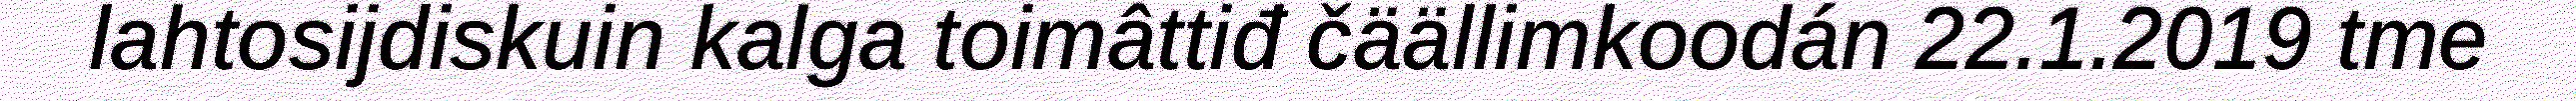
lahtosijdiskuin kalga toimâttiđ čäällimkoodán 22.1.2019 tme